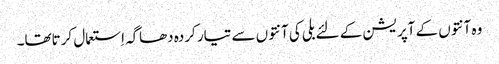
وہ آنتوں کے آپریشن کے لئے بلی کی آنتوں سے تیار کردہ دھاگہ اِستعمال کرتاتھا۔